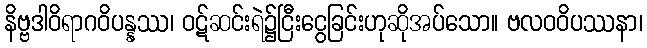
နိဗ္ဗဒါဝိရာဂဝိပန္နဿ၊ ဝဋ်ဆင်းရဲ၌ငြီးငွေခြင်းဟုဆိုအပ်သော။ ဗလဝဝိပဿနာ၊